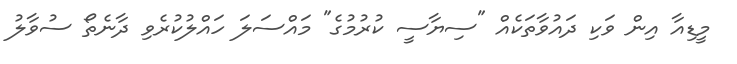
މީޑިއާ އިން ވަކި ދައުވާތަކެއް "ސިޔާސީ ކުރުމުގެ" މައްސަލަ ހައްލުކުރެވި ދާނެތޯ ސުވާލު